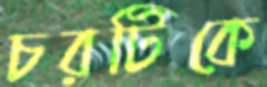
চরটিকে